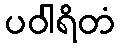
ပဝါရိတံ